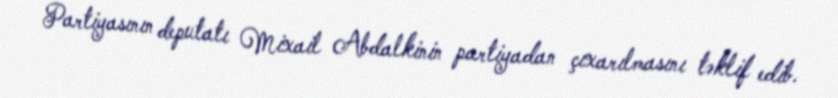
Partiyasının deputatı Mixail Abdalkinin partiyadan çıxarılmasını təklif edib.